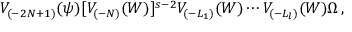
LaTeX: V _ { ( - 2 N + 1 ) } ( \psi ) [ V _ { ( - N ) } ( W ) ] ^ { s - 2 } V _ { ( - L _ { 1 } ) } ( W ) \cdots V _ { ( - L _ { l } ) } ( W ) \Omega \, ,